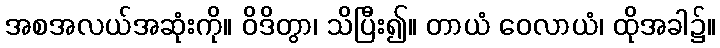
အစအလယ်အဆုံးကို။ ဝိဒိတွာ၊ သိပြီး၍။ တာယံ ဝေလာယံ၊ ထိုအခါ၌။